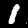
Digit: 1